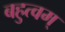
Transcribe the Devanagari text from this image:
बहुत्वम्